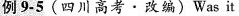
例 9-5(四川高考·改编)Was it